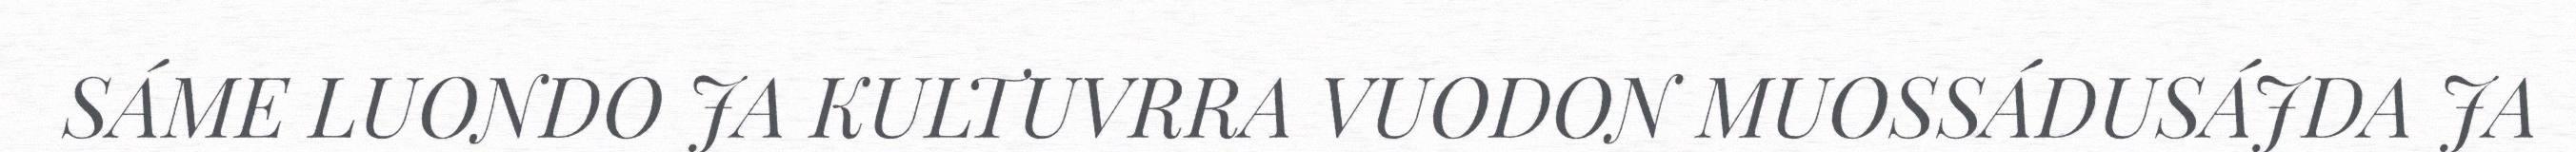
SÁME LUONDO JA KULTUVRRA VUODON MUOSSÁDUSÁJDA JA